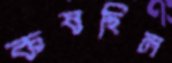
কষছিল